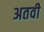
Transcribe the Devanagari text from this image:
अतवी